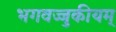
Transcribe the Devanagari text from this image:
भगवज्जुकीयम्‌